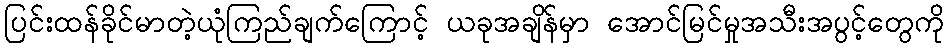
ပြင်းထန်ခိုင်မာတဲ့ယုံကြည်ချက်ကြောင့် ယခုအချိန်မှာ အောင်မြင်မှုအသီးအပွင့်တွေကို